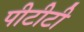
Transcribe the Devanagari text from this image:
पीटीटी